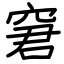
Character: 窘